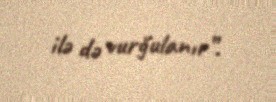
ilə də vurğulanır”.